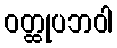
ဝတ္ထုပဘဝါ